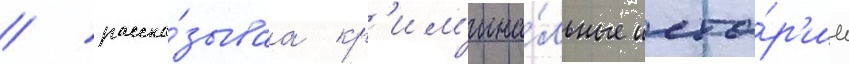
/ расска́зываа кр'им'ина́льные исто́р'ии